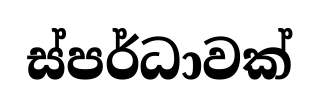
ස්පර්ධාවක්